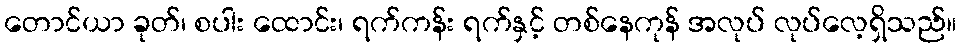
တောင်ယာ ခုတ်၊ စပါး ထောင်း၊ ရက်ကန်း ရက်နှင့် တစ်နေကုန် အလုပ် လုပ်လေ့ရှိသည်။